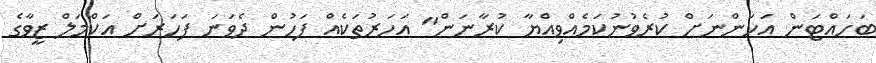
ބަހައްޓަން އަހަންނަށް ކުރެވުނުކަމެއްވިއްޔާ ކުރާނަން" އަހަރުތަކެއް ފަހުން ދެވަނަ ފަހަރަށް އަކްމަލް ޒީވާގެ